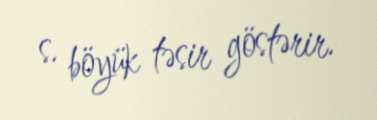
s. böyük təsir göstərir.